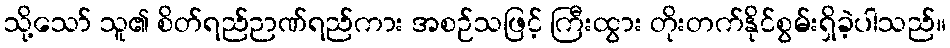
သို့သော် သူ၏ စိတ်ရည်ဉာဏ်ရည်ကား အစဉ်သဖြင့် ကြီးထွား တိုးတက်နိုင်စွမ်းရှိခဲ့ပါသည်။